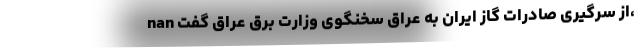
nan از سرگیری صادرات گاز ایران به عراق سخنگوی وزارت برق عراق گفت،